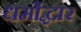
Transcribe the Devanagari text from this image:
धर्मोद्धार